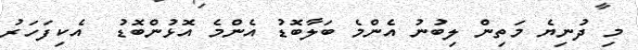
މި ދުނިޔެ މަތިން ލިބުނު އެންމެ ބަލާބޮޑު އެންމެ އޮޅުންބޮޑު  އެކިފަހަރު